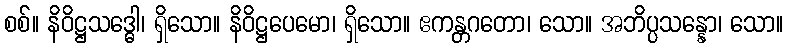
စစ်။ နိဝိဋ္ဌသဒ္ဓေါ၊ ရှိသော။ နိဝိဋ္ဌပေမော၊ ရှိသော။ ဧကန္တဂတော၊ သော။ အဘိပ္ပသန္နော၊ သော။